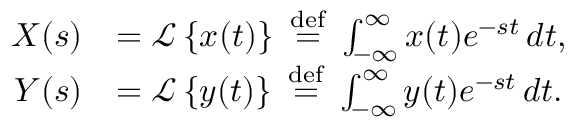
{ \begin{array} { r l } { X ( s ) } & { = { \mathcal { L } } \left\{ x ( t ) \right\} \ { \stackrel { \mathrm { d e f } } { = } } \ \int _ { - \infty } ^ { \infty } x ( t ) e ^ { - s t } \, d t , } \\ { Y ( s ) } & { = { \mathcal { L } } \left\{ y ( t ) \right\} \ { \stackrel { \mathrm { d e f } } { = } } \ \int _ { - \infty } ^ { \infty } y ( t ) e ^ { - s t } \, d t . } \end{array} }